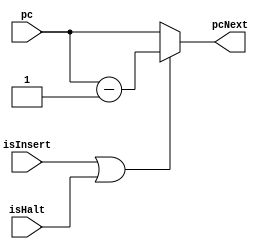
module somador_interruptor(pc, isInsert, isHalt, pcNext);
	// Entradas
	input [25:0] pc;								// Endereco do contador de programa atual
	input isInsert;
	input isHalt;
	
	// Saida
	output [25:0] pcNext;						// Endereco do contador de programa do proximo ciclo
	
	assign pcNext = isInsert | isHalt ? pc - 1'b1 : pc;
endmodule